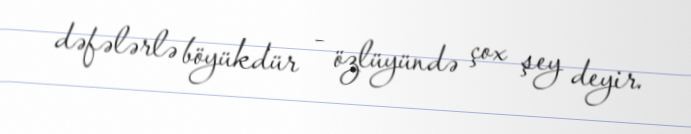
dəfələrlə böyükdür - özlüyündə çox şey deyir.